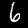
Label: 6